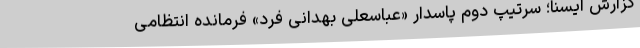
گزارش ایسنا؛ سرتیپ دوم پاسدار «عباسعلی بهدانی فرد» فرمانده انتظامی